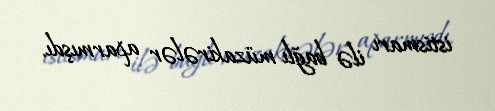
istismarı ilə bağlı müzakirələr aparmışdı.